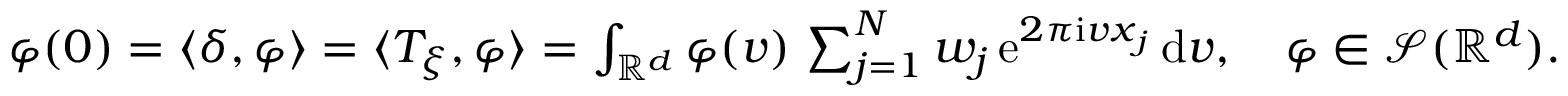
\begin{array} { r } { \varphi ( \boldsymbol 0 ) = \langle \delta , \varphi \rangle = \langle T _ { \xi } , \varphi \rangle = \int _ { \mathbb R ^ { d } } \varphi ( \boldsymbol v ) \, \sum _ { j = 1 } ^ { N } w _ { j } \, \mathrm e ^ { 2 \pi \mathrm i \boldsymbol v \boldsymbol x _ { j } } \, \mathrm { d } \boldsymbol v , \quad \varphi \in \mathscr S ( \mathbb R ^ { d } ) . } \end{array}